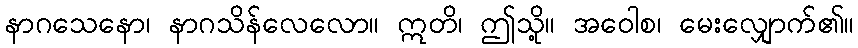
နာဂသေနော၊ နာဂသိန်လေလော။ ဣတိ၊ ဤသို့။ အဝေါစ၊ မေးလျှောက်၏။